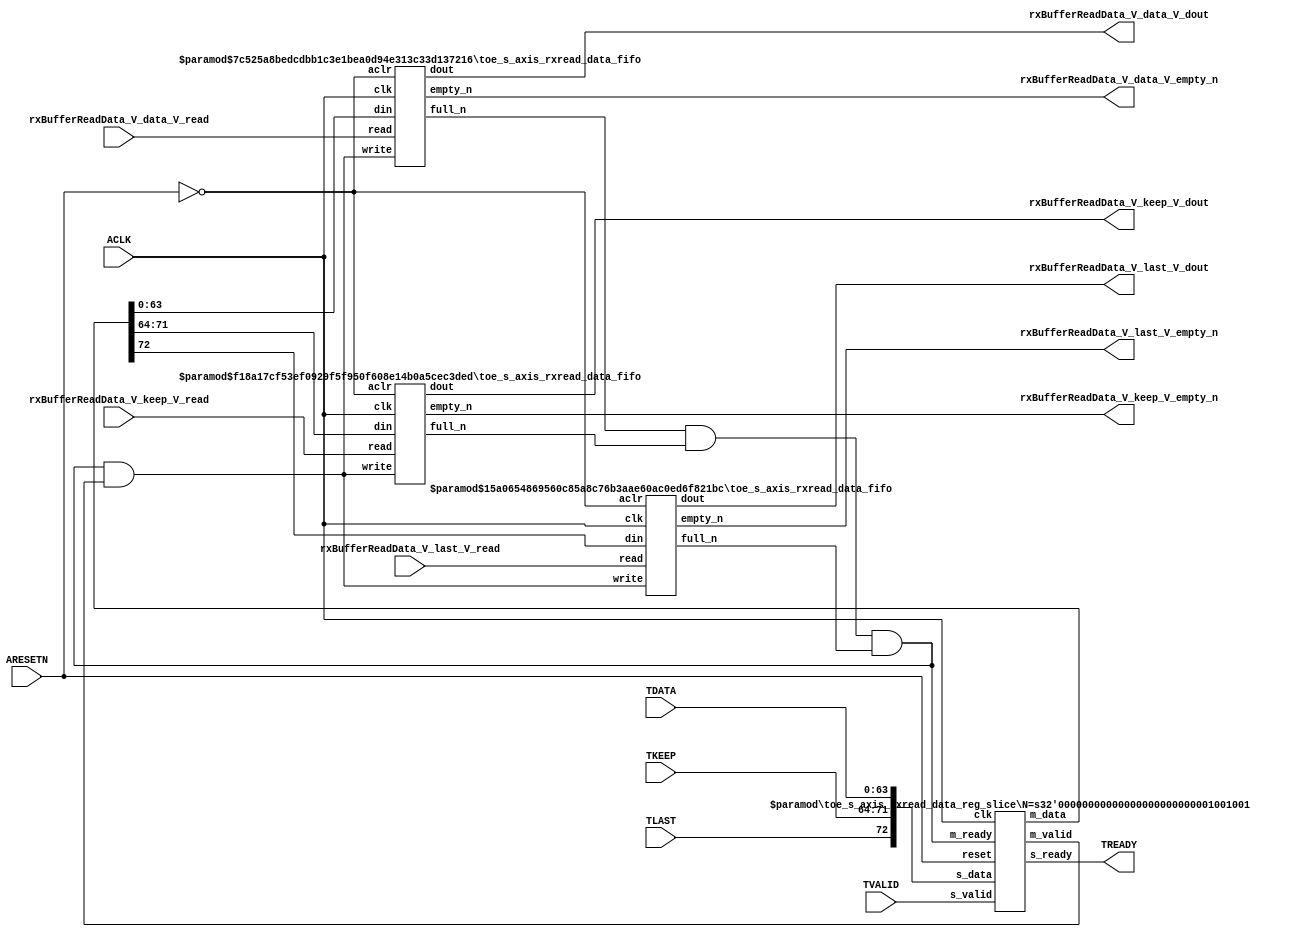
// This program was cloned from: https://github.com/mustafabbas/ECE1373_2016_hft_on_fpga
// License: MIT License

// ==============================================================
// File generated by Vivado(TM) HLS - High-Level Synthesis from C, C++ and SystemC
// Version: 2015.1
// Copyright (C) 2015 Xilinx Inc. All rights reserved.
// 
// ==============================================================


`timescale 1ns/1ps

module toe_s_axis_rxread_data_if (
    // AXI4-Stream singals
    input  wire        ACLK,
    input  wire        ARESETN,
    input  wire        TVALID,
    output wire        TREADY,
    input  wire [63:0] TDATA,
    input  wire [7:0]  TKEEP,
    input  wire [0:0]  TLAST,
    // User signals
    output wire [63:0] rxBufferReadData_V_data_V_dout,
    output wire        rxBufferReadData_V_data_V_empty_n,
    input  wire        rxBufferReadData_V_data_V_read,
    output wire [7:0]  rxBufferReadData_V_keep_V_dout,
    output wire        rxBufferReadData_V_keep_V_empty_n,
    input  wire        rxBufferReadData_V_keep_V_read,
    output wire [0:0]  rxBufferReadData_V_last_V_dout,
    output wire        rxBufferReadData_V_last_V_empty_n,
    input  wire        rxBufferReadData_V_last_V_read
);
//------------------------Local signal-------------------
// FIFO
wire [0:0]  fifo_write;
wire [0:0]  fifo_full_n;
wire [63:0] rxBufferReadData_V_data_V_din;
wire [0:0]  rxBufferReadData_V_data_V_full_n;
wire [7:0]  rxBufferReadData_V_keep_V_din;
wire [0:0]  rxBufferReadData_V_keep_V_full_n;
wire [0:0]  rxBufferReadData_V_last_V_din;
wire [0:0]  rxBufferReadData_V_last_V_full_n;
// register slice
wire [0:0]  s_valid;
wire [0:0]  s_ready;
wire [72:0] s_data;
wire [0:0]  m_valid;
wire [0:0]  m_ready;
wire [72:0] m_data;

//------------------------Instantiation------------------
// rs
toe_s_axis_rxread_data_reg_slice #(
    .N       ( 73 )
) rs (
    .clk     ( ACLK ),
    .reset   ( ARESETN ),
    .s_data  ( s_data ),
    .s_valid ( s_valid ),
    .s_ready ( s_ready ),
    .m_data  ( m_data ),
    .m_valid ( m_valid ),
    .m_ready ( m_ready )
);

// rxBufferReadData_V_data_V_fifo
toe_s_axis_rxread_data_fifo #(
    .DATA_BITS  ( 64 ),
    .DEPTH_BITS ( 4 )
) rxBufferReadData_V_data_V_fifo (
    .clk        ( ACLK ),
    .aclr       ( ~ARESETN ),
    .empty_n    ( rxBufferReadData_V_data_V_empty_n ),
    .full_n     ( rxBufferReadData_V_data_V_full_n ),
    .read       ( rxBufferReadData_V_data_V_read ),
    .write      ( fifo_write ),
    .dout       ( rxBufferReadData_V_data_V_dout ),
    .din        ( rxBufferReadData_V_data_V_din )
);

// rxBufferReadData_V_keep_V_fifo
toe_s_axis_rxread_data_fifo #(
    .DATA_BITS  ( 8 ),
    .DEPTH_BITS ( 4 )
) rxBufferReadData_V_keep_V_fifo (
    .clk        ( ACLK ),
    .aclr       ( ~ARESETN ),
    .empty_n    ( rxBufferReadData_V_keep_V_empty_n ),
    .full_n     ( rxBufferReadData_V_keep_V_full_n ),
    .read       ( rxBufferReadData_V_keep_V_read ),
    .write      ( fifo_write ),
    .dout       ( rxBufferReadData_V_keep_V_dout ),
    .din        ( rxBufferReadData_V_keep_V_din )
);

// rxBufferReadData_V_last_V_fifo
toe_s_axis_rxread_data_fifo #(
    .DATA_BITS  ( 1 ),
    .DEPTH_BITS ( 4 )
) rxBufferReadData_V_last_V_fifo (
    .clk        ( ACLK ),
    .aclr       ( ~ARESETN ),
    .empty_n    ( rxBufferReadData_V_last_V_empty_n ),
    .full_n     ( rxBufferReadData_V_last_V_full_n ),
    .read       ( rxBufferReadData_V_last_V_read ),
    .write      ( fifo_write ),
    .dout       ( rxBufferReadData_V_last_V_dout ),
    .din        ( rxBufferReadData_V_last_V_din )
);

//------------------------Body---------------------------
//++++++++++++++++++++++++AXI4-Stream++++++++++++++++++++
assign TREADY = s_ready;

//+++++++++++++++++++++++++++++++++++++++++++++++++++++++

//++++++++++++++++++++++++Reigister Slice++++++++++++++++
assign s_valid = TVALID;
assign m_ready = fifo_full_n;
assign s_data  = {TLAST[0:0], TKEEP[7:0], TDATA[63:0]};

//+++++++++++++++++++++++++++++++++++++++++++++++++++++++

//++++++++++++++++++++++++FIFO+++++++++++++++++++++++++++
assign fifo_write                    = fifo_full_n & m_valid;
assign rxBufferReadData_V_data_V_din = m_data[63:0];
assign rxBufferReadData_V_keep_V_din = m_data[71:64];
assign rxBufferReadData_V_last_V_din = m_data[72:72];
assign fifo_full_n                   = rxBufferReadData_V_data_V_full_n & rxBufferReadData_V_keep_V_full_n & rxBufferReadData_V_last_V_full_n;

//+++++++++++++++++++++++++++++++++++++++++++++++++++++++

endmodule



`timescale 1ns/1ps

module toe_s_axis_rxread_data_fifo
#(parameter
    DATA_BITS  = 8,
    DEPTH_BITS = 4
)(
    input  wire                 clk,
    input  wire                 aclr,
    output wire                 empty_n,
    output wire                 full_n,
    input  wire                 read,
    input  wire                 write,
    output wire [DATA_BITS-1:0] dout,
    input  wire [DATA_BITS-1:0] din
);
//------------------------Parameter----------------------
localparam
    DEPTH = 1 << DEPTH_BITS;
//------------------------Local signal-------------------
reg                   empty;
reg                   full;
reg  [DEPTH_BITS-1:0] index;
reg  [DATA_BITS-1:0]  mem[0:DEPTH-1];
//------------------------Body---------------------------
assign empty_n = ~empty;
assign full_n  = ~full;
assign dout    = mem[index];

// empty
always @(posedge clk or posedge aclr) begin
    if (aclr)
        empty <= 1'b1;
    else if (empty & write & ~read)
        empty <= 1'b0;
    else if (~empty & ~write & read & (index==1'b0))
        empty <= 1'b1;
end

// full
always @(posedge clk or posedge aclr) begin
    if (aclr)
        full <= 1'b0;
    else if (full & read & ~write)
        full <= 1'b0;
    else if (~full & ~read & write & (index==DEPTH-2'd2))
        full <= 1'b1;
end

// index
always @(posedge clk or posedge aclr) begin
    if (aclr)
        index <= {DEPTH_BITS{1'b1}};
    else if (~empty & ~write & read)
        index <= index - 1'b1;
    else if (~full & ~read & write)
        index <= index + 1'b1;
end

// mem
always @(posedge clk) begin
    if (~full & write) mem[0] <= din;
end

genvar i;
generate
    for (i = 1; i < DEPTH; i = i + 1) begin : gen_sr
        always @(posedge clk) begin
            if (~full & write) mem[i] <= mem[i-1];
        end
    end
endgenerate

endmodule

`timescale 1ns/1ps

module toe_s_axis_rxread_data_reg_slice
#(parameter
    N = 8   // data width
) (
    // system signals
    input  wire         clk,
    input  wire         reset,
    // slave side
    input  wire [N-1:0] s_data,
    input  wire         s_valid,
    output wire         s_ready,
    // master side
    output wire [N-1:0] m_data,
    output wire         m_valid,
    input  wire         m_ready
);
//------------------------Parameter----------------------
// state
localparam [1:0]
    ZERO = 2'b10,
    ONE  = 2'b11,
    TWO  = 2'b01;
//------------------------Local signal-------------------
reg  [N-1:0] data_p1;
reg  [N-1:0] data_p2;
wire         load_p1;
wire         load_p2;
wire         load_p1_from_p2;
reg          s_ready_t;
reg  [1:0]   state;
reg  [1:0]   next;
//------------------------Body---------------------------
assign s_ready = s_ready_t;
assign m_data  = data_p1;
assign m_valid = state[0];

assign load_p1 = (state == ZERO && s_valid) ||
                 (state == ONE && s_valid && m_ready) ||
                 (state == TWO && m_ready);
assign load_p2 = s_valid & s_ready;
assign load_p1_from_p2 = (state == TWO);

// data_p1
always @(posedge clk) begin
    if (load_p1) begin
        if (load_p1_from_p2)
            data_p1 <= data_p2;
        else
            data_p1 <= s_data;
    end
end

// data_p2
always @(posedge clk) begin
    if (load_p2) data_p2 <= s_data;
end

// s_ready_t
always @(posedge clk) begin
    if (~reset)
        s_ready_t <= 1'b0;
    else if (state == ZERO)
        s_ready_t <= 1'b1;
    else if (state == ONE && next == TWO)
        s_ready_t <= 1'b0;
    else if (state == TWO && next == ONE)
        s_ready_t <= 1'b1;
end

// state
always @(posedge clk) begin
    if (~reset)
        state <= ZERO;
    else
        state <= next;
end

// next
always @(*) begin
    case (state)
        ZERO:
            if (s_valid & s_ready)
                next = ONE;
            else
                next = ZERO;
        ONE:
            if (~s_valid & m_ready)
                next = ZERO;
            else if (s_valid & ~m_ready)
                next = TWO;
            else
                next = ONE;
        TWO:
            if (m_ready)
                next = ONE;
            else
                next = TWO;
        default:
            next = ZERO;
    endcase
end

endmodule